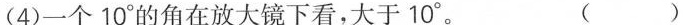
(4)一个10°的角在放大镜下看，大于10°。 ( )